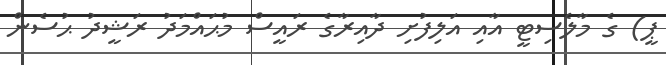
ޕީ) ގެ މާލެސިޓީ އާއި އަލިފުށި ދާއިރާގެ ރައީސް މުޙައްމަދު ރަޝީދު ޙުސެން